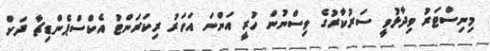
މިނިސްޓަރު ވިދާޅުވީ ސަރުކާރުގެ ވިސްނުން ހުރީ އަންނަ އަހަރު ރިކަރަންޓު އެކްސްޕެންޑިޗާ ދަށް